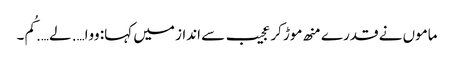
ماموں نے قدرے منھ موڑ کر عجیب سے انداز میں کہا: ووا…. لے…. کُم۔